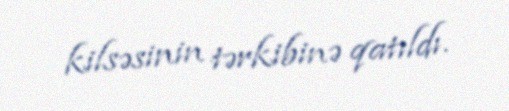
kilsəsinin tərkibinə qatıldı.